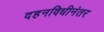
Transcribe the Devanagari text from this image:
दहनविधीनंतर